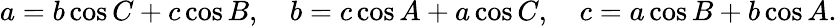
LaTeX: a=b\cos C+c\cos B,\quad b=c\cos A+a\cos C,\quad c=a\cos B+b\cos A.